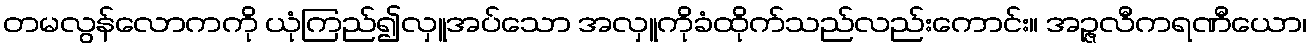
တမလွန်လောကကို ယုံကြည်၍လှူအပ်သော အလှူကိုခံထိုက်သည်လည်းကောင်း။ အဉ္ဇလီကရဏီယော၊